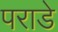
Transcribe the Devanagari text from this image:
पराडे